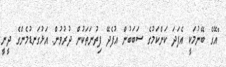
"އޭގެ ބޭނުމަކީ އެފަދަ ކަންކަމުގެ ސަބަބުން އުފެދޭ ފިތުނަތަކުން ދުރުވުން. އަޅުގަނޑުމެންގެ ދީނީ